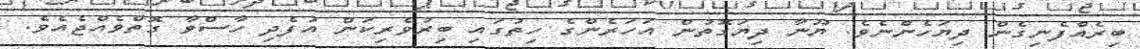
ބިރެއްފެނިގެން ދިޔަހެންނެވެ. ޔޫނާ ދިޔަގޮތުން އަހަރެންގެ ހިތުގައި ބިރުވެރިކަން އުފެދި ހާސްވާ ގޮތްވެއްޖެއެވެ.